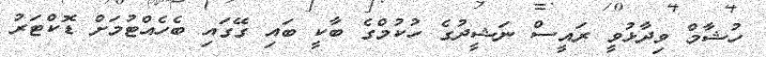
ހުޝާމް ވިދާޅުވީ ރައީސް ނަޝީދުގެ ހުކުމްގެ ބާކީ ބައި ގޭގައި ބެހެއްޓުމަށް ޑޮކްޓަރު